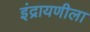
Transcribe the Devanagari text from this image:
इंद्रायणीला